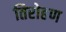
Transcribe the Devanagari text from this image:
तिरोहण